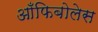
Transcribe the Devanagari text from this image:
आँफिबोलेस